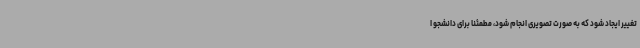
تغییر ایجاد شود که به صورت تصویری انجام شود، مطمئنا برای دانشجو ا